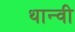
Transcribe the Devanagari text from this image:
थान्वी